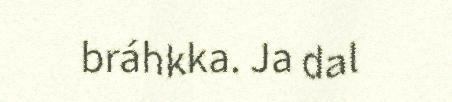
bráhkka. Ja dal